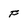
Character: f